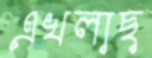
এখলাছ